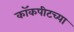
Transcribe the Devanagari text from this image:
कॉकपीटच्या